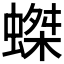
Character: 𧎩